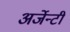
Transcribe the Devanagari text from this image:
अर्जेन्टी